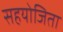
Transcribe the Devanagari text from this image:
सहयोजिता